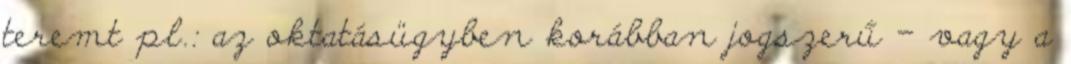
teremt pl.: az oktatásügyben korábban jogszerű – vagy a